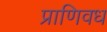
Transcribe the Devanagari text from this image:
प्राणिवध